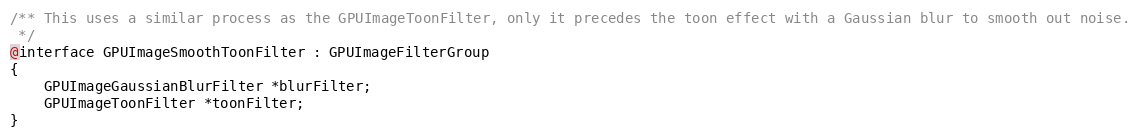
Language: C
/** This uses a similar process as the GPUImageToonFilter, only it precedes the toon effect with a Gaussian blur to smooth out noise.
 */
@interface GPUImageSmoothToonFilter : GPUImageFilterGroup
{
    GPUImageGaussianBlurFilter *blurFilter;
    GPUImageToonFilter *toonFilter;
}